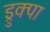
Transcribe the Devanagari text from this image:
ड्रुक्पा